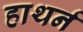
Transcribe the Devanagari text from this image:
हाथर्न